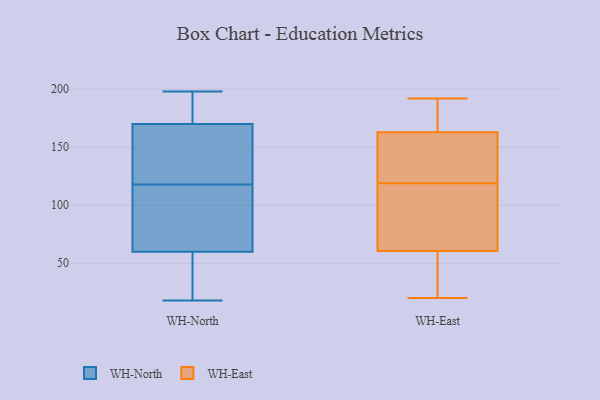
{"axis": {"x": "Budget (USD K)", "y": "Value"}, "legend": ["WH-East", "WH-North"], "data": [{"x": "", "y": 59, "type": "WH-North"}, {"x": "", "y": 138, "type": "WH-North"}, {"x": "", "y": 192, "type": "WH-North"}, {"x": "", "y": 123, "type": "WH-North"}, {"x": "", "y": 18, "type": "WH-North"}, {"x": "", "y": 91, "type": "WH-North"}, {"x": "", "y": 61, "type": "WH-North"}, {"x": "", "y": 113, "type": "WH-North"}, {"x": "", "y": 178, "type": "WH-North"}, {"x": "", "y": 80, "type": "WH-North"}, {"x": "", "y": 50, "type": "WH-North"}, {"x": "", "y": 162, "type": "WH-North"}, {"x": "", "y": 195, "type": "WH-North"}, {"x": "", "y": 198, "type": "WH-North"}, {"x": "", "y": 133, "type": "WH-North"}, {"x": "", "y": 51, "type": "WH-North"}, {"x": "", "y": 187, "type": "WH-East"}, {"x": "", "y": 73, "type": "WH-East"}, {"x": "", "y": 88, "type": "WH-East"}, {"x": "", "y": 162, "type": "WH-East"}, {"x": "", "y": 32, "type": "WH-East"}, {"x": "", "y": 48, "type": "WH-East"}, {"x": "", "y": 159, "type": "WH-East"}, {"x": "", "y": 164, "type": "WH-East"}, {"x": "", "y": 192, "type": "WH-East"}, {"x": "", "y": 79, "type": "WH-East"}, {"x": "", "y": 20, "type": "WH-East"}, {"x": "", "y": 150, "type": "WH-East"}]}